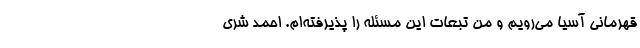
قهرمانی آسیا می‌رویم و من تبعات این مسئله را پذیرفته‌ام. احمد شری